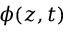
\phi ( z , t )